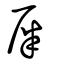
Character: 屎